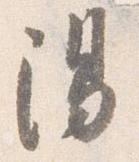
陽